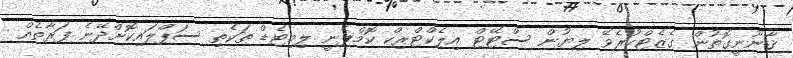
ޤާނޫނީގޮތުން ގެޒެޓްކުރެވޭ ލިޔުން ސްޓޭޓް އިލެކްޓްރިކް ކޮމްޕެނީ ލިމިޓެޑް ތަކެތި ސަޕްލައިކޮށްދޭނެ ފަރާތެއް